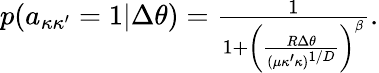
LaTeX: \begin{array}{r}{p(a_{\kappa\kappa^{\prime}}=1|\Delta\theta)=\frac{1}{1+\left(\frac{R\Delta\theta}{(\mu\kappa^{\prime}\kappa)^{1/D}}\right)^{\beta}}.}\end{array}